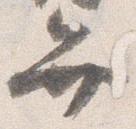
弁